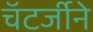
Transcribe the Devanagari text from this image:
चॅटर्जीने